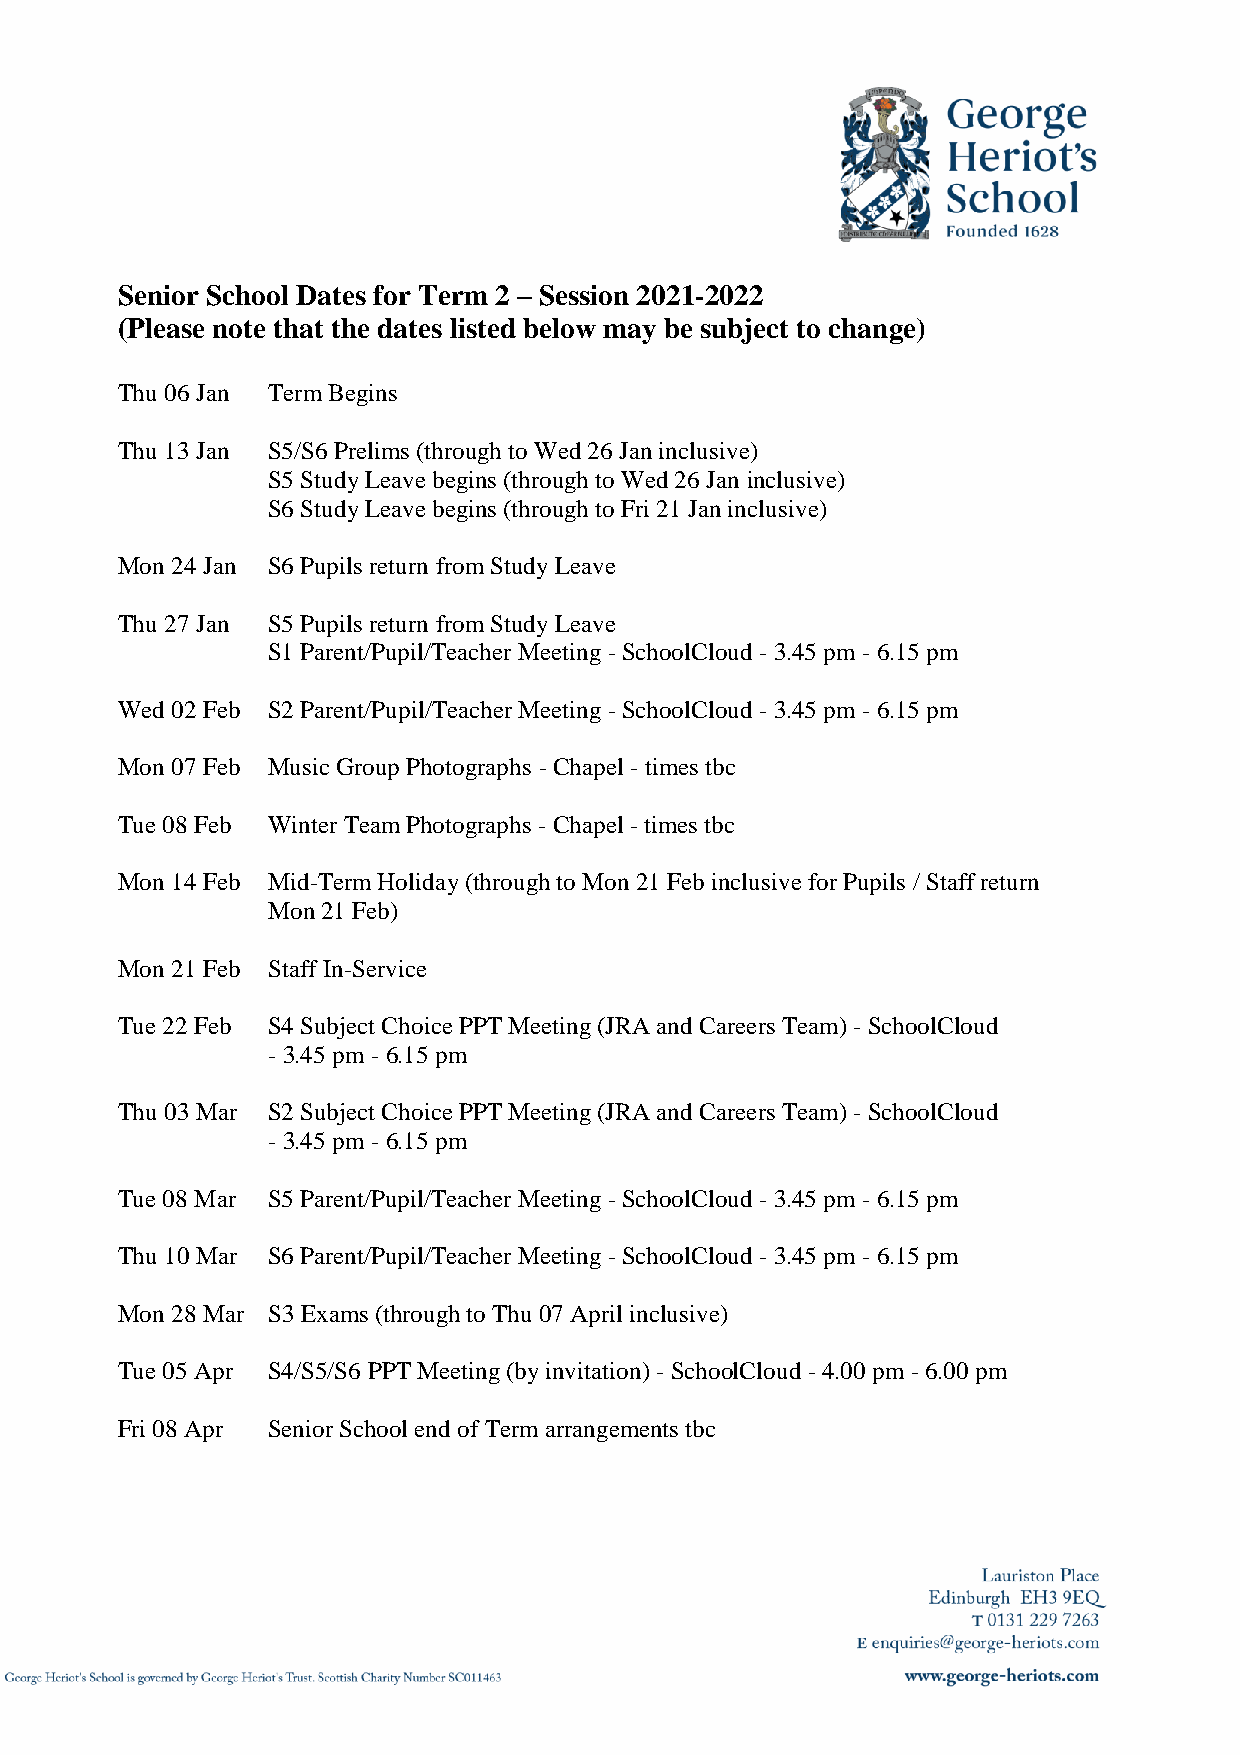
Senior School Dates for Term 2 – Session 2021-2022
 (Please note that the dates listed below may be subject to change)
 Thu 06 Jan Term Begins
 Thu 13 Jan S5/S6 Prelims (through to Wed 26 Jan inclusive)
 S5 Study Leave begins (through to Wed 26 Jan inclusive)
 S6 Study Leave begins (through to Fri 21 Jan inclusive)
 Mon 24 Jan S6 Pupils return from Study Leave
 Thu 27 Jan S5 Pupils return from Study Leave
 S1 Parent/Pupil/Teacher Meeting - SchoolCloud - 3.45 pm - 6.15 pm
 Wed 02 Feb S2 Parent/Pupil/Teacher Meeting - SchoolCloud - 3.45 pm - 6.15 pm
 Mon 07 Feb Music Group Photographs - Chapel - times tbc
 Tue 08 Feb Winter Team Photographs - Chapel - times tbc
 Mon 14 Feb Mid-Term Holiday (through to Mon 21 Feb inclusive for Pupils / Staff return
 Mon 21 Feb)
 Mon 21 Feb Staff In-Service
 Tue 22 Feb S4 Subject Choice PPT Meeting (JRA and Careers Team) - SchoolCloud
 - 3.45 pm - 6.15 pm
 Thu 03 Mar S2 Subject Choice PPT Meeting (JRA and Careers Team) - SchoolCloud
 - 3.45 pm - 6.15 pm
 Tue 08 Mar S5 Parent/Pupil/Teacher Meeting - SchoolCloud - 3.45 pm - 6.15 pm
 Thu 10 Mar S6 Parent/Pupil/Teacher Meeting - SchoolCloud - 3.45 pm - 6.15 pm
 Mon 28 Mar S3 Exams (through to Thu 07 April inclusive)
 Tue 05 Apr S4/S5/S6 PPT Meeting (by invitation) - SchoolCloud - 4.00 pm - 6.00 pm
 Fri 08 Apr Senior School end of Term arrangements tbc